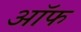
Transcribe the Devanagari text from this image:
ऑफ